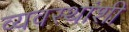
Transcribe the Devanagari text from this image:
व्यवस्थांशी